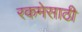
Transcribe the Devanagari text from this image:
रकमेसाठी